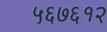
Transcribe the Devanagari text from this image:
५६७६१२